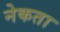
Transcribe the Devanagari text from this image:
नेकता